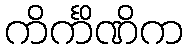
ကိင်္ကိဏိက